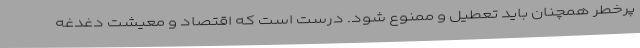
پرخطر همچنان باید تعطیل و ممنوع شود. درست است که اقتصاد و معیشت دغدغه